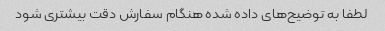
لطفا به توضیح‌های داده شده هنگام سفارش دقت بیشتری شود